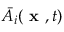
\bar { A } _ { i } { ( \textbf { x } , t ) }